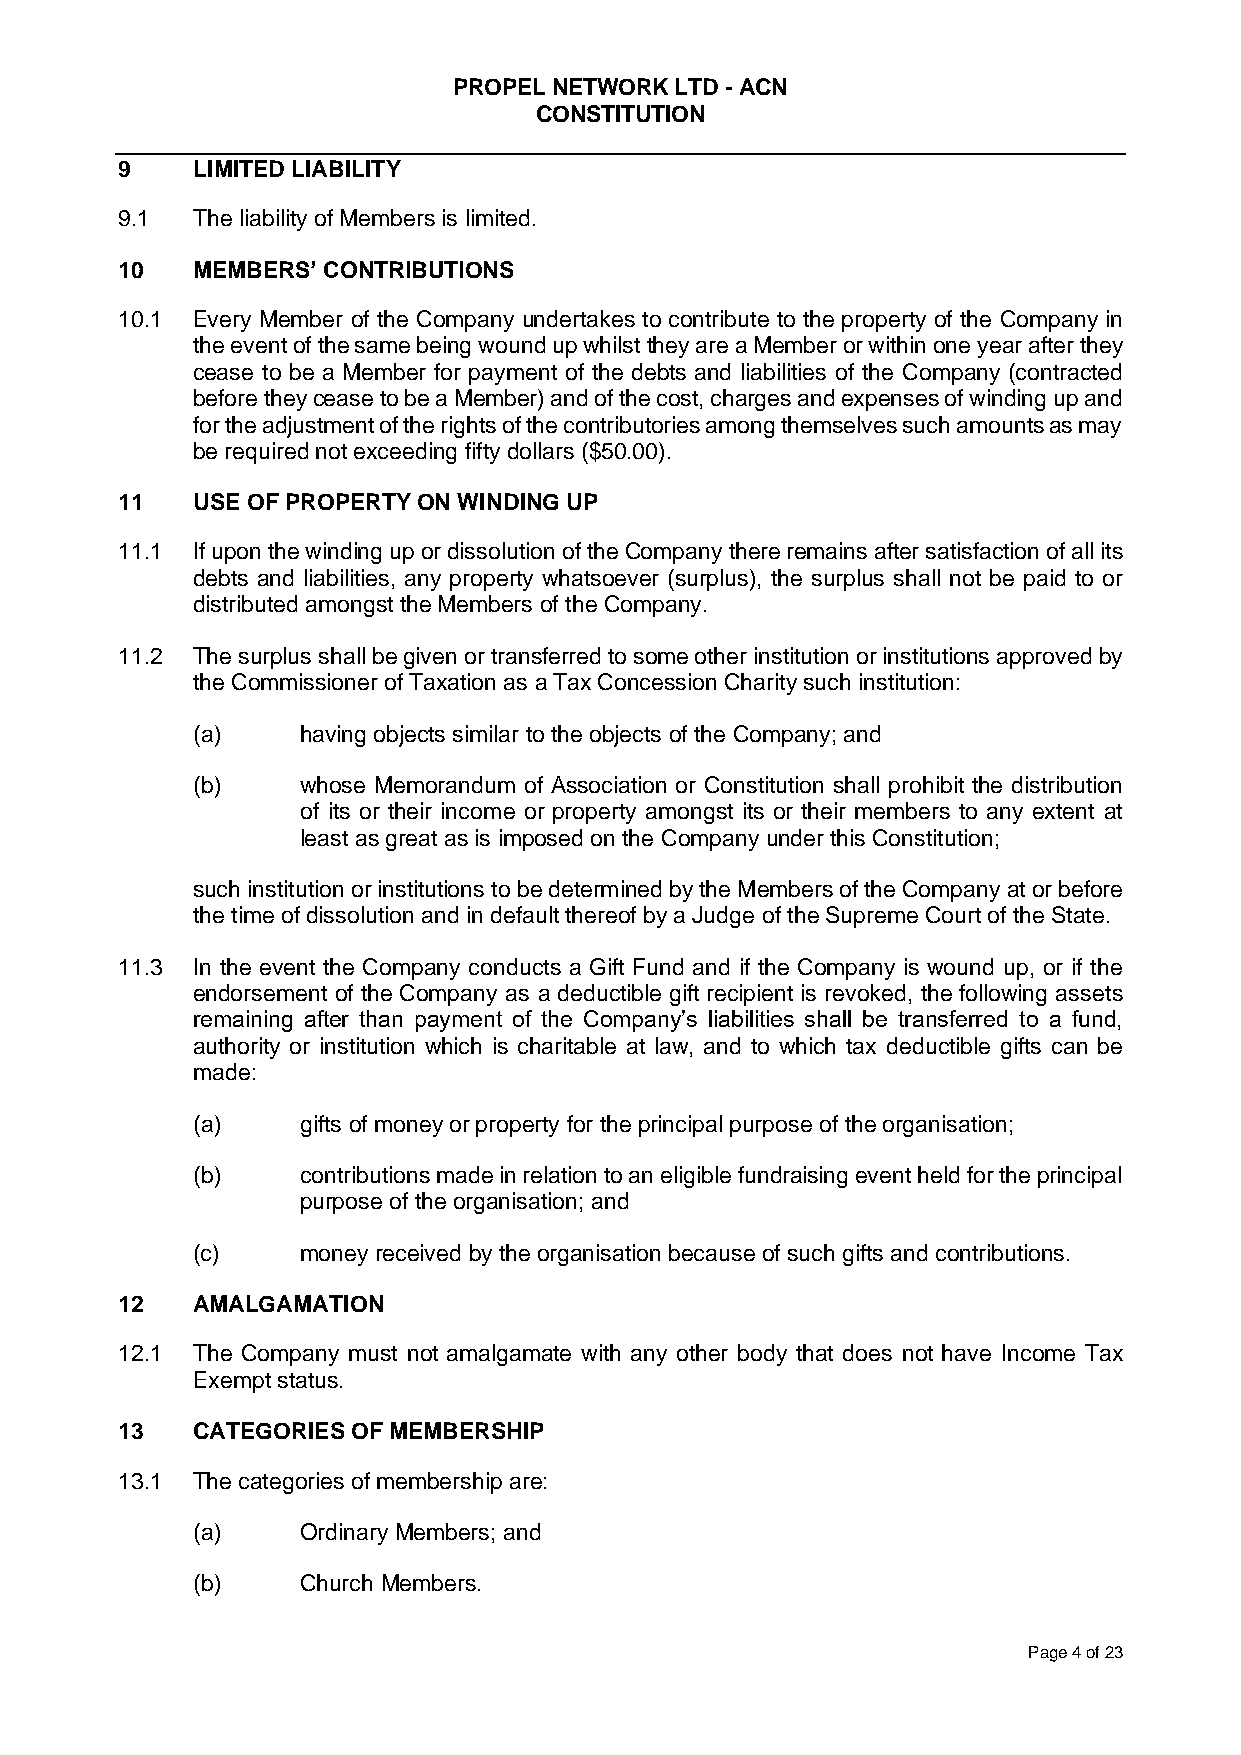
PROPEL NETWORK LTD - ACN
 CONSTITUTION
 9    LIMITED LIABILITY
 9.1  The liability of Members is limited.
 10   MEMBERS’ CONTRIBUTIONS
 10.1 Every Member of the Company undertakes to contribute to the property of the Company in
 the event of the same being wound up whilst they are a Member or within one year after they
 cease to be a Member for payment of the debts and liabilities of the Company (contracted
 before they cease to be a Member) and of the cost, charges and expenses of winding up and
 for the adjustment of the rights of the contributories among themselves such amounts as may
 be required not exceeding fifty dollars ($50.00).
 11   USE OF PROPERTY ON WINDING UP
 11.1 If upon the winding up or dissolution of the Company there remains after satisfaction of all its
 debts and liabilities, any property whatsoever (surplus), the surplus shall not be paid to or
 distributed amongst the Members of the Company.
 11.2 The surplus shall be given or transferred to some other institution or institutions approved by
 the Commissioner of Taxation as a Tax Concession Charity such institution:
 (a)    having objects similar to the objects of the Company; and
 (b)    whose Memorandum of Association or Constitution shall prohibit the distribution
 of its or their income or property amongst its or their members to any extent at
 least as great as is imposed on the Company under this Constitution;
 such institution or institutions to be determined by the Members of the Company at or before
 the time of dissolution and in default thereof by a Judge of the Supreme Court of the State.
 11.3 In the event the Company conducts a Gift Fund and if the Company is wound up, or if the
 endorsement of the Company as a deductible gift recipient is revoked, the following assets
 remaining after than payment of the Company’s liabilities shall be transferred to a fund,
 authority or institution which is charitable at law, and to which tax deductible gifts can be
 made:
 (a)    gifts of money or property for the principal purpose of the organisation;
 (b)    contributions made in relation to an eligible fundraising event held for the principal
 purpose of the organisation; and
 (c)    money received by the organisation because of such gifts and contributions.
 12   AMALGAMATION
 12.1 The Company must not amalgamate with any other body that does not have Income Tax
 Exempt status.
 13   CATEGORIES OF MEMBERSHIP
 13.1 The categories of membership are:
 (a)    Ordinary Members; and
 (b)    Church Members.
 Page 4 of 23